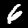
Digit: 6